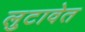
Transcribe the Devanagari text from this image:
लुटावेत